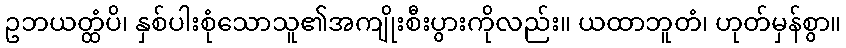
ဥဘယတ္ထံပိ၊ နှစ်ပါးစုံသောသူ၏အကျိုးစီးပွားကိုလည်း။ ယထာဘူတံ၊ ဟုတ်မှန်စွာ။